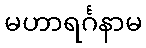
မဟာရင်္ဂနာမ